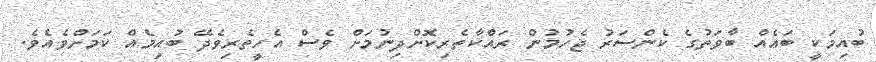
ބުއިމަކީ ބައެއް ބާވަތުގެ ކެންސަރު ޖެހުމުން ރައްކާތެރިކޮށްދިނުމަށް ވެސް އެހީތެރިވެދޭ ބުއިމެއް ކަމަށްވެއެވެ.